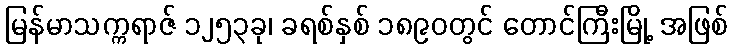
မြန်မာသက္ကရာဇ် ၁၂၅၃ခု၊ ခရစ်နှစ် ၁၈၉၀တွင် တောင်ကြီးမြို့ အဖြစ်